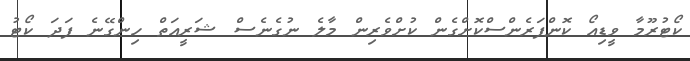
ކޯޓުރޫމާ ވީޑިއޯ ކޮންފަރެންސްކޮށްގެން ކުށްވެރިން މާލެ ނުގެނެސް ޝަރީއަތް ހިންގޭނެ ފަދަ ކޯޓު